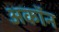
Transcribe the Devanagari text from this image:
अकॉन